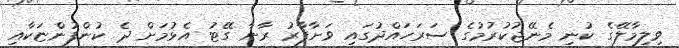
ވިލިމާލޭގެ ކުނި މެނޭޖުކުރުމުގެ ސަރަހައްދުގައި ވަށާފާރު ރާނާ ގޭޓު އެޅުމަށް ދެ ކުންފުންޏަކާއި